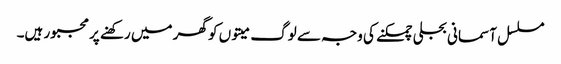
مسلسل آسمانی بجلی چمکنے کی وجہ سے لوگ میتوں کو گھر میں رکھنے پر مجبور ہیں۔